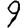
Digit: 9